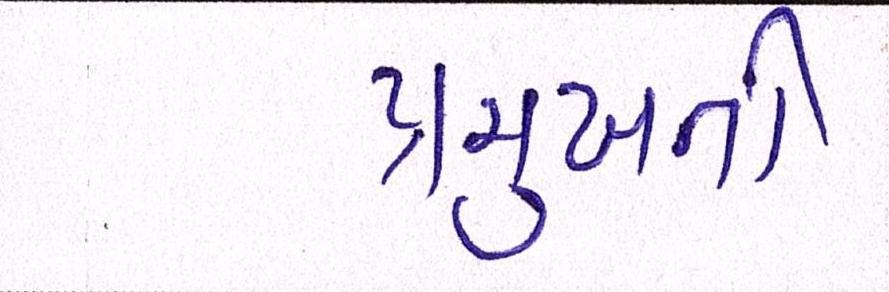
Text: પ્રમુખની